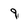
Character: 9